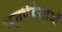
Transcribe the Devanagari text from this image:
भूगर्भवेताओं